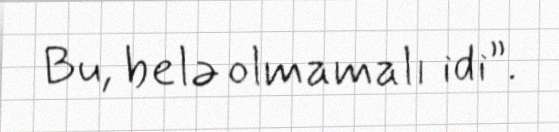
Bu, belə olmamalı idi”.